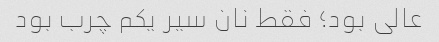
عالی بود؛ فقط نان سیر یکم چرب بود